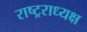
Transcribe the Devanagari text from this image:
राष्ट्रराध्यक्ष